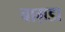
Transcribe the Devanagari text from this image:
बाग़डा